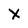
Character: X